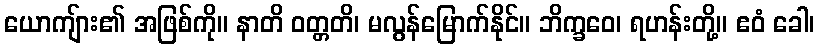
ယောကျ်ား၏ အဖြစ်ကို။ နာတိ ဝတ္တတိ၊ မလွန်မြောက်နိုင်။ ဘိက္ခဝေ၊ ရဟန်းတို့။ ဧဝံ ခေါ၊